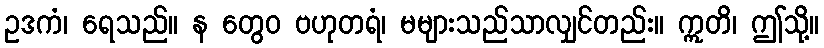
ဥဒကံ၊ ရေသည်။ န တွေဝ ဗဟုတရံ၊ မများသည်သာလျှင်တည်း။ ဣတိ၊ ဤသို့။